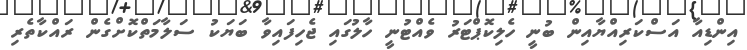
އިންޑިއާ އަސްކަރިއްޔާއިން ބުނީ ހެލިކޮޕްޓަރު ވެއްޓުނީ ހާލުގައި ޖެހިފައިވާ ބަޔަކު ސަލާމަތްކޮށްގެން ރައްކާތެރި